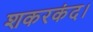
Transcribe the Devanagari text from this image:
शकरकंद।